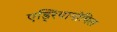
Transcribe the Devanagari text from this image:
एड्रियानोपिल